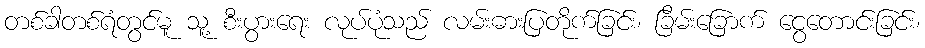
တစ်ခါတစ်ရံတွင်မူ သူ့ စီးပွားရေး လုပ်ပုံသည် လမ်းဓားပြတိုက်ခြင်း၊ ခြိမ်းခြောက် ငွေတောင်းခြင်း၊